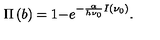
\qquad \qquad \qquad \qquad \qquad \quad \quad \quad \Pi \left( b \right) = 1 - e ^ { - \frac { \alpha } { h \nu _ { 0 } } I ( { \nu _ { 0 } } ) } . \qquad \qquad \qquad \qquad \qquad \qquad \quad \quad ( 8 ^ { \prime } )